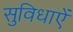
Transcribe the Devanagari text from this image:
सुविधाएें